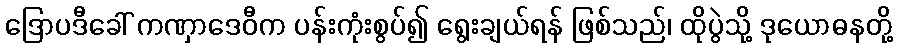
ဒြောပဒီခေါ် ကဏှာဒေဝီက ပန်းကုံးစွပ်၍ ရွေးချယ်ရန် ဖြစ်သည်၊ ထိုပွဲသို့ ဒုယောဓနတို့